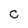
Character: c